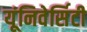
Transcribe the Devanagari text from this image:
यूंनिवेर्सिटी